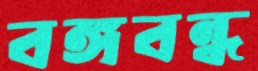
বঙ্গবন্ধ